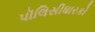
પૉલિસીધારકો